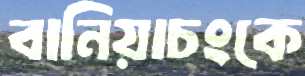
বানিয়াচংকে